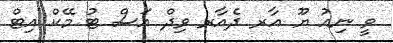
ވީ ނިއު ޔޫ އާރ ދެއާރ ވިދް އަސް ޓު މޭކް އިޓް